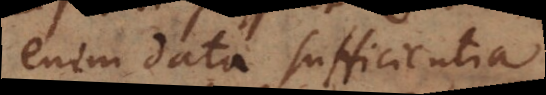
enim data sufficientia